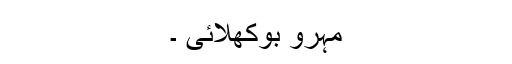
مہرو بوکھلائی ۔